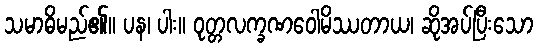
သမာဓိမည်၏။ ပန၊ ပါး။ ဝုတ္တလက္ခဏဝေါမိဿတာယ၊ ဆိုအပ်ပြီးသော